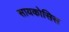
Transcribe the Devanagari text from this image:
सायकोसिस